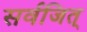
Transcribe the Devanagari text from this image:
सर्वजित्